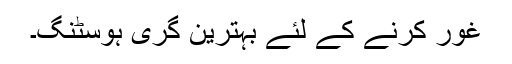
غور کرنے کے لئے بہترین گری ہوسٹنگ۔